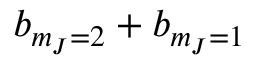
b _ { m _ { J } = 2 } + b _ { m _ { J } = 1 }